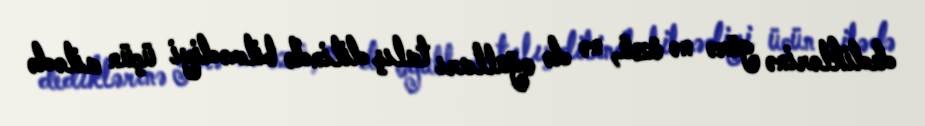
dediklərinə görə nə özü, nə də oğulları talış dilində bilmədiyi üçün ailədə